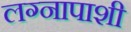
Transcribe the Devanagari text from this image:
लग्नापाशी